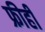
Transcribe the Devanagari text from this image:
फ्रीही